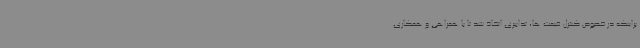
براینکه در خصوص کنترل قیمت ها، تدابیری اتخاذ شد تا با همراهی و همکاری